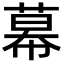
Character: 幕